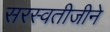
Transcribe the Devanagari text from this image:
सरस्वतीजीने